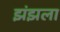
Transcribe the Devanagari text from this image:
झंझला